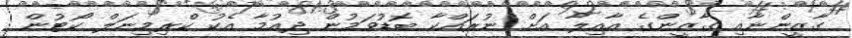
ގާޒީންނާއި ގާޒީންގެ އާއިލާ އަށް ނުރައްކާ ބޮޑުވަމުން ދިއުމާ އެކު ކްރިމިނަލް ކޯޓުން